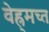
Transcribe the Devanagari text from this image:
वेह्र्मच्त